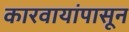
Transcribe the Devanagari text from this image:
कारवायांपासून